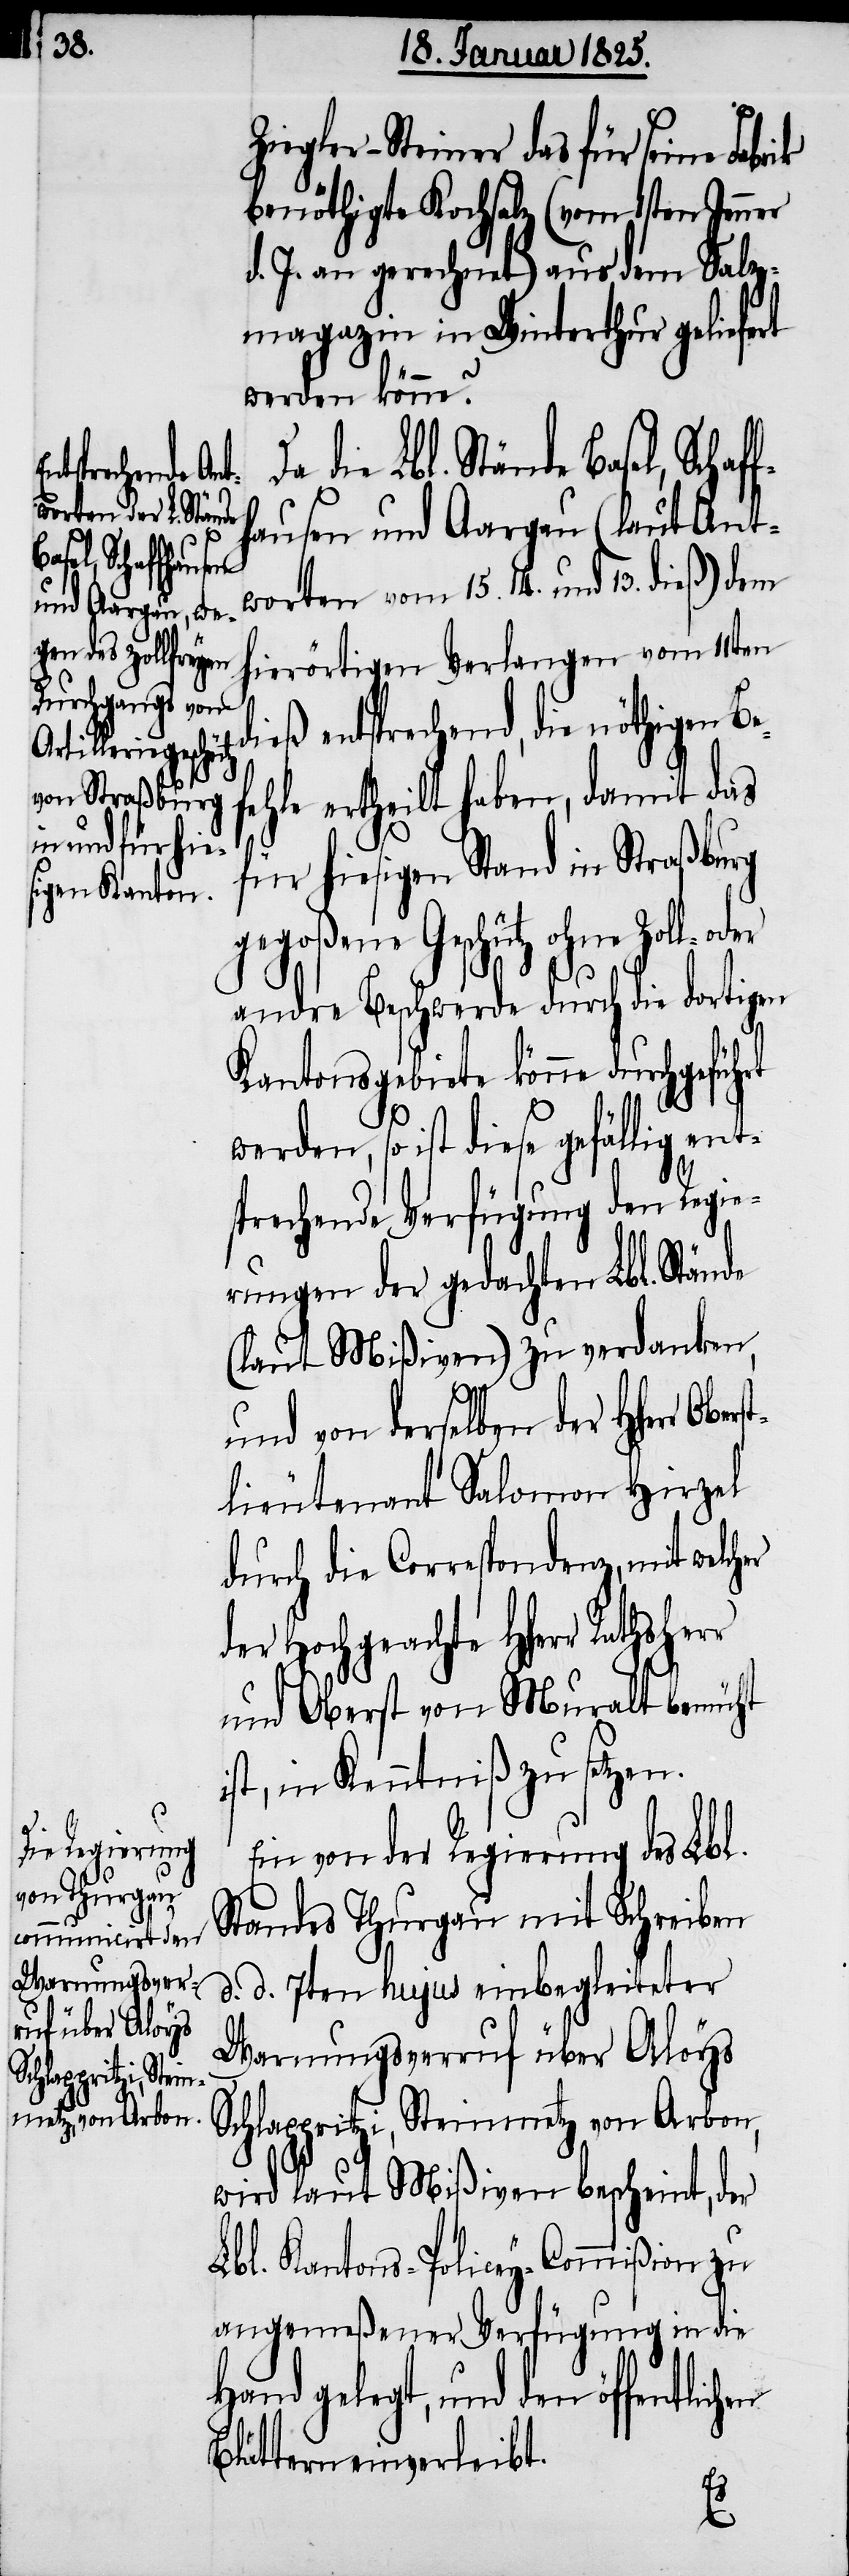
Oberst¬
und
den öffentlichen
Hand gelegt,
rt werden,

Ziegler-Steiner das für seine Fabr¬
benöthigte Kochsalz (vom 1sten Jenner
d. J. an gerechnet) aus dem Salz¬
magazin in Winterthur geliefert
werden könne?
die Lbl. Stände Basel, Schaf¬
fhausen und Aargau (laut Ant¬
worten vom 15. 14. und 13. dieß) dem
hierörtigen Verlangen vom 11ten
ieß entsprechend, die nöthigen Be¬
fehle ertheilt haben, damit das
für hiesigen Stand in Straßburg
gegoßene Geschütz ohne
andre Beschwerde durch die dortigen
Kantonsgebiete könne durchgefüh¬
prechende Verfügung den Regie¬
rungen der gedachten Lbl. Stände
(laut Mißiven) zu verdanken,
und von derselben der HHerr
lieutenant Salomon Hirzel
durch die Correspondenz, mit welch¬
der Hochgeachte HHerr Rathsherr
und Oberst von Muralt bemüht
st, in Kenntniß zu setzen.
Ein von der Regierung des Lbl.
Standes Thurgau mit Schreiben
d. d. 7ten hujus einbegleiteter
Warnungsverruf über Aloys
Schlappritzi, Steinmetz von Arbon,
wird laut Mißiven bescheint, der
Lbl. Kantons-Policey-Commißion zu
angemeßener Verfügung in die
Blättern einverleibt.
i¬